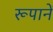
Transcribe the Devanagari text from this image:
रूपानें